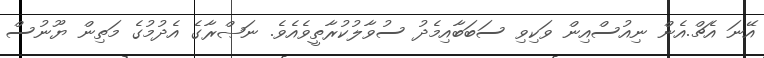
އޭނަ އެޗް.އެން ނިއުސްއިން ވަކިވި ސަބަބާއިމެދު ސުވާލުކުރާތީވެއެވެ. ނަޞްރާގެ އެދުމުގެ މަތިން ޔޫނުސް